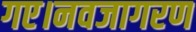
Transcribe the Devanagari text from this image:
गए।नवजागरण